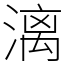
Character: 漓